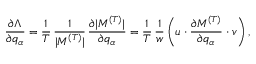
\frac { \partial \Lambda } { \partial q _ { \alpha } } = \frac { 1 } { T } \, \frac { 1 } { | \boldsymbol { M } ^ { ( T ) } | } \, \frac { \partial | \boldsymbol { M } ^ { ( T ) } | } { \partial q _ { \alpha } } = \frac { 1 } { T } \, \frac { 1 } { w } \, \bigg ( \boldsymbol { u } \cdot \frac { \partial \boldsymbol { M } ^ { ( T ) } } { \partial q _ { \alpha } } \cdot \boldsymbol { v } \bigg ) \, ,